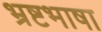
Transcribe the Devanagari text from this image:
भ्रष्टभाषा